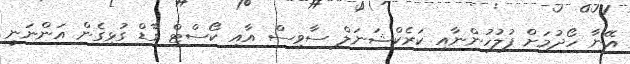
އޭނާ ހޯދުމަށް ފުލުހުންނާއި ކަރެކްޝަނަލް ސާވިސް އާއި ކޯސްޓް ގާޑް ގުޅިގެން އަންނަނީ